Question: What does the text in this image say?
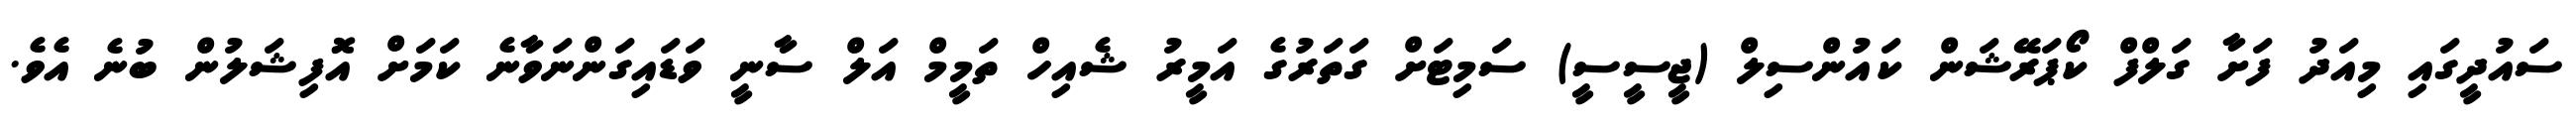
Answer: ސައުދީގައި މިއަދު ފަށާ ގަލްފް ކޯޕަރޭޝަން ކައުންސިލް (ޖީސީސީ) ސަމިޓަށް ގަތަރުގެ އަމީރު ޝެއިހް ތަމީމް އަލް ސާނީ ވަޑައިގަންނަވާނެ ކަމަށް އޮފިޝަލުން ބުނެ އެވެ.